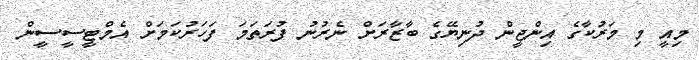
މިއީ މި މަރުކާގެ އިންޖީން ދުނިޔޭގެ ބާޒާރަށް ނެރުނު ފުރަތަމަ ފަހަރުކަމަށް އެމްޓީސީސީން